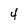
Character: 4